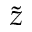
\tilde { z }